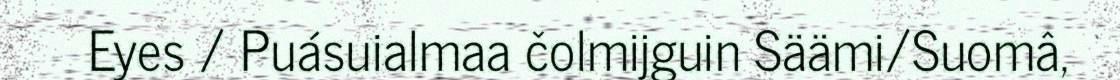
Eyes / Puásuialmaa čolmijguin Säämi/Suomâ,